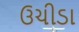
ઉચીડા